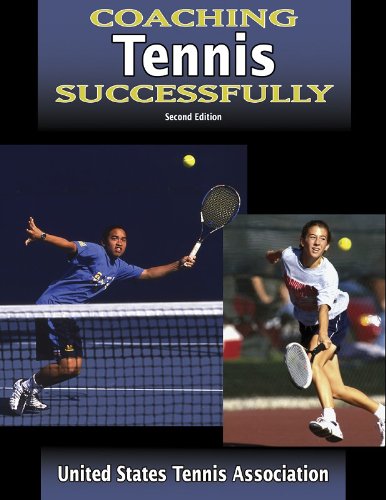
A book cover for Coaching Tennis Successfully - 2nd Edition (Coaching Successfully Series); United States Tennis Association; Sports & Outdoors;